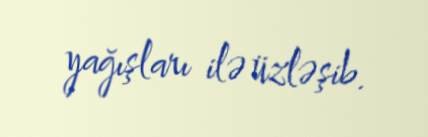
yağışları ilə üzləşib.